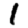
Digit: 1